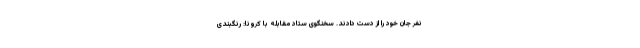
نفر جان خود را از دست دادند. سخنگوی ستاد مقابله با کرونا: رنگبندی